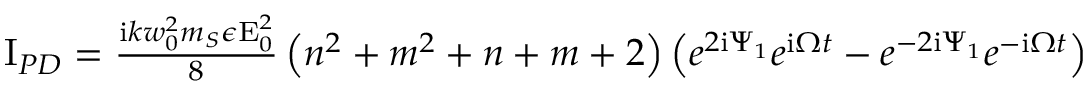
\begin{array} { r } { \mathrm { I } _ { P D } = \frac { \mathrm { i } k w _ { 0 } ^ { 2 } m _ { S } \epsilon \mathrm { E } _ { 0 } ^ { 2 } } { 8 } \left( n ^ { 2 } + m ^ { 2 } + n + m + 2 \right) \left( e ^ { 2 \mathrm { i } \Psi _ { 1 } } e ^ { \mathrm { i } \Omega t } - e ^ { - 2 \mathrm { i } \Psi _ { 1 } } e ^ { - \mathrm { i } \Omega t } \right) } \end{array}